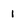
Character: 1